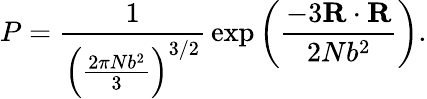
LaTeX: P={\frac{1}{\left({\frac{2\pi Nb^{2}}{3}}\right)^{3/2}}}\exp\left({\frac{-3\mathbf{R}\cdot\mathbf{R}}{2Nb^{2}}}\right).